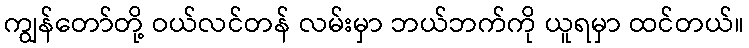
ကျွန်တော်တို့ ဝယ်လင်တန် လမ်းမှာ ဘယ်ဘက်ကို ယူရမှာ ထင်တယ်။